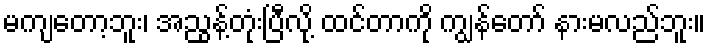
မကျတော့ဘူး၊ အညွန့်တုံးပြီလို့ ထင်တာကို ကျွန်တော် နားမလည်ဘူး။